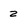
Character: z